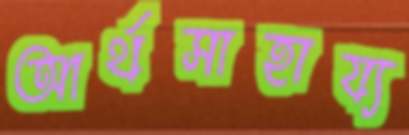
আর্থসাহায্য